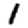
Digit: 1